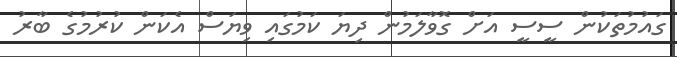
ގައުމުތަކުން ސީސީ އަށް ގޮވާލަމުން ދިޔަ ކަމުގައި ވިޔަސް އެކަން ކުރުމުގެ ބާރު